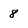
Character: 8